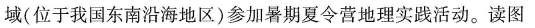
域(位于我国东南沿海地区)参加暑期夏令营地理实践活动。读图